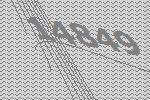
14849